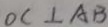
O C \bot A B